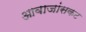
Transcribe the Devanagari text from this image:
आवाजांसकट